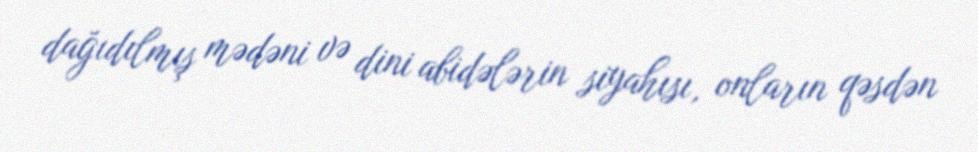
dağıdılmış mədəni və dini abidələrin siyahısı, onların qəsdən